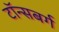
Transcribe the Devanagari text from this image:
टॉन्सबर्ग